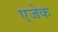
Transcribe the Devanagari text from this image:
एजेक